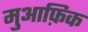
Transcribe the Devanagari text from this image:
मुआफ़िक